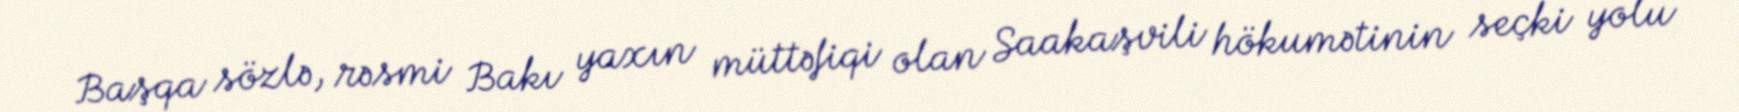
Başqa sözlə, rəsmi Bakı yaxın müttəfiqi olan Saakaşvili hökumətinin seçki yolu